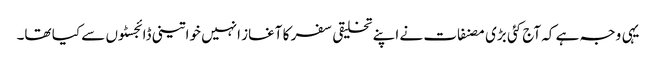
یہی وجہ ہے کہ آج کئی بڑی مصنفات نے اپنے تخلیقی سفر کا آغاز انہیں خواتینی ڈائجسٹوں سے کیا تھا۔